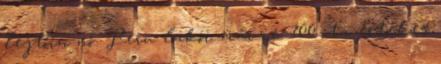
lejtőin nő. Peru lakói már ie. 700 óta értékes